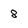
Character: 8